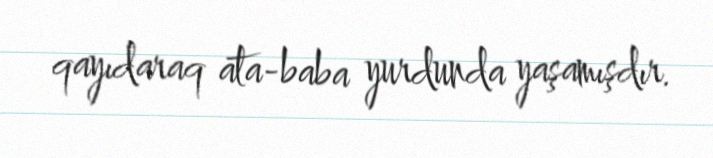
qayıdaraq ata-baba yurdunda yaşamışdır.